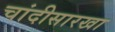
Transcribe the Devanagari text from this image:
चांदीसारखा